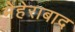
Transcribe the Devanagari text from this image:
मेहेराबाद